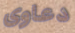
دعاوى